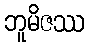
ဘူမိဇဿ